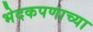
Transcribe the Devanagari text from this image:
भेदकपणाच्या